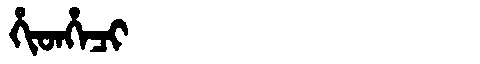
Manchu: ᡥᡳᡨᡥᡝᠴᡳ
Romanization: HITHECI